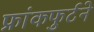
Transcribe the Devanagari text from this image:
फ्रांकफुर्टने